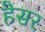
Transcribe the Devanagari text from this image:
हैसर